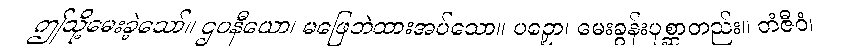
ဤသို့မေးခဲ့သော်။ ဌပနီယော၊ မဖြေဘဲထားအပ်သော။ ပဉှော၊ မေးခွန်းပုစ္ဆာတည်း။ တံဇီဝံ၊